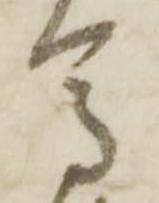
馬